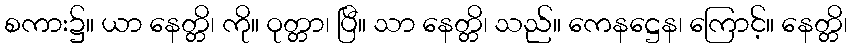
စကား၌။ ယာ နေတ္တိ၊ ကို။ ဝုတ္တာ၊ ပြီ။ သာ နေတ္တိ၊ သည်။ ကေနဋ္ဌေန၊ ကြောင့်။ နေတ္တိ၊